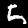
Digit: 5